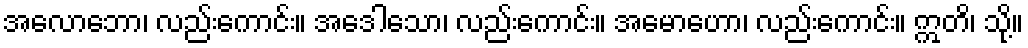
အလောဘော၊ လည်းကောင်း။ အဒေါသော၊ လည်းကောင်း။ အမောဟော၊ လည်းကောင်း။ ဣတိ၊ သို့။